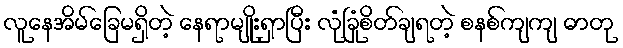
လူနေအိမ်ခြေမရှိတဲ့ နေရာမျိုးရှာပြီး လုံခြုံစိတ်ချရတဲ့ စနစ်ကျကျ ဓာတု